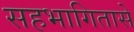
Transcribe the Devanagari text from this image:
सहभागितासे